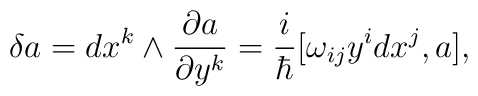
\delta a=dx^k\wedge \frac{\partial a}{\partial y^k}=\frac{i}{\hbar}[\omega_{ij}y^idx^j,a],